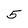
Character: 5